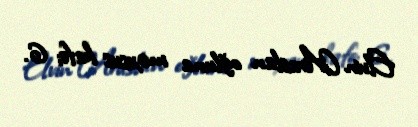
Elvin Araslan oğluna məxsus kafe; 6.